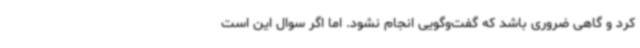
کرد و گاهی ضروری باشد که گفت‌وگویی انجام نشود. اما اگر سوال این است